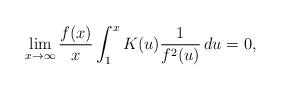
LaTeX: \begin{align*} \lim_{x\to\infty} \frac{f(x)}{x} \int_{1}^x K(u) \frac{1}{f^2(u)}\,du = 0,\end{align*}